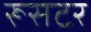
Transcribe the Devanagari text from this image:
रूसटर